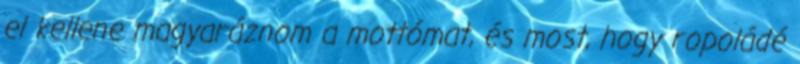
el kellene magyaráznom a mottómat, és most, hogy ropoládé